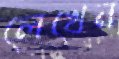
লেখেন